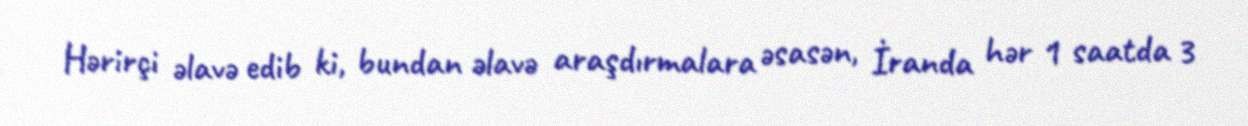
Hərirçi əlavə edib ki, bundan əlavə araşdırmalara əsasən, İranda hər 1 saatda 3